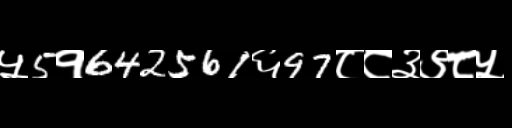
Text: ५5१642561६97८८३९८५